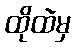
ထိုထဲမှ